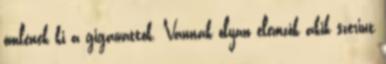
ömlenek ki a gigawattok. Vannak olyan elemzők akik szerint